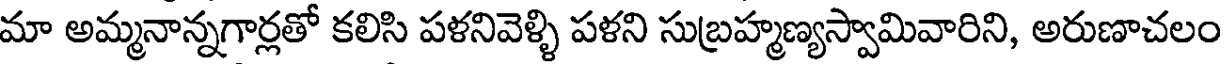
మా అమ్మనాన్నగార్లతో కలిసి పళనివెళ్ళి పళని సుబ్రహ్మణ్యస్వామివారిని, అరుణాచలం